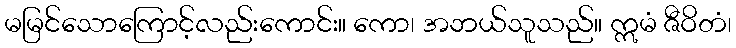
မမြင်သောကြောင့်လည်းကောင်း။ ကော၊ အဘယ်သူသည်။ ဣမံ ဇီဝိတံ၊